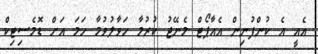
އެއީ އެ ކުންފުނިން އެއާޕޯޓް މެނޭޖު ކުރުމާ ހަވާލުވުމާ ހަމަ އަށް ޑޮމެސިޓިކް